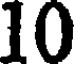
10